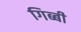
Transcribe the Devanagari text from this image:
गिब्बी